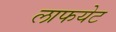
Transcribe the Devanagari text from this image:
लाफयेट